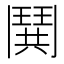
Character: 鬨